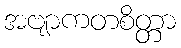
အဗျာကတစိတ္တာ